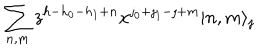
\sum _ { n , m } z ^ { h - h _ { 0 } - h _ { 1 } + n } x ^ { \jmath _ { 0 } + \jmath _ { 1 } - \jmath + m } | n , m \rangle _ { \jmath }